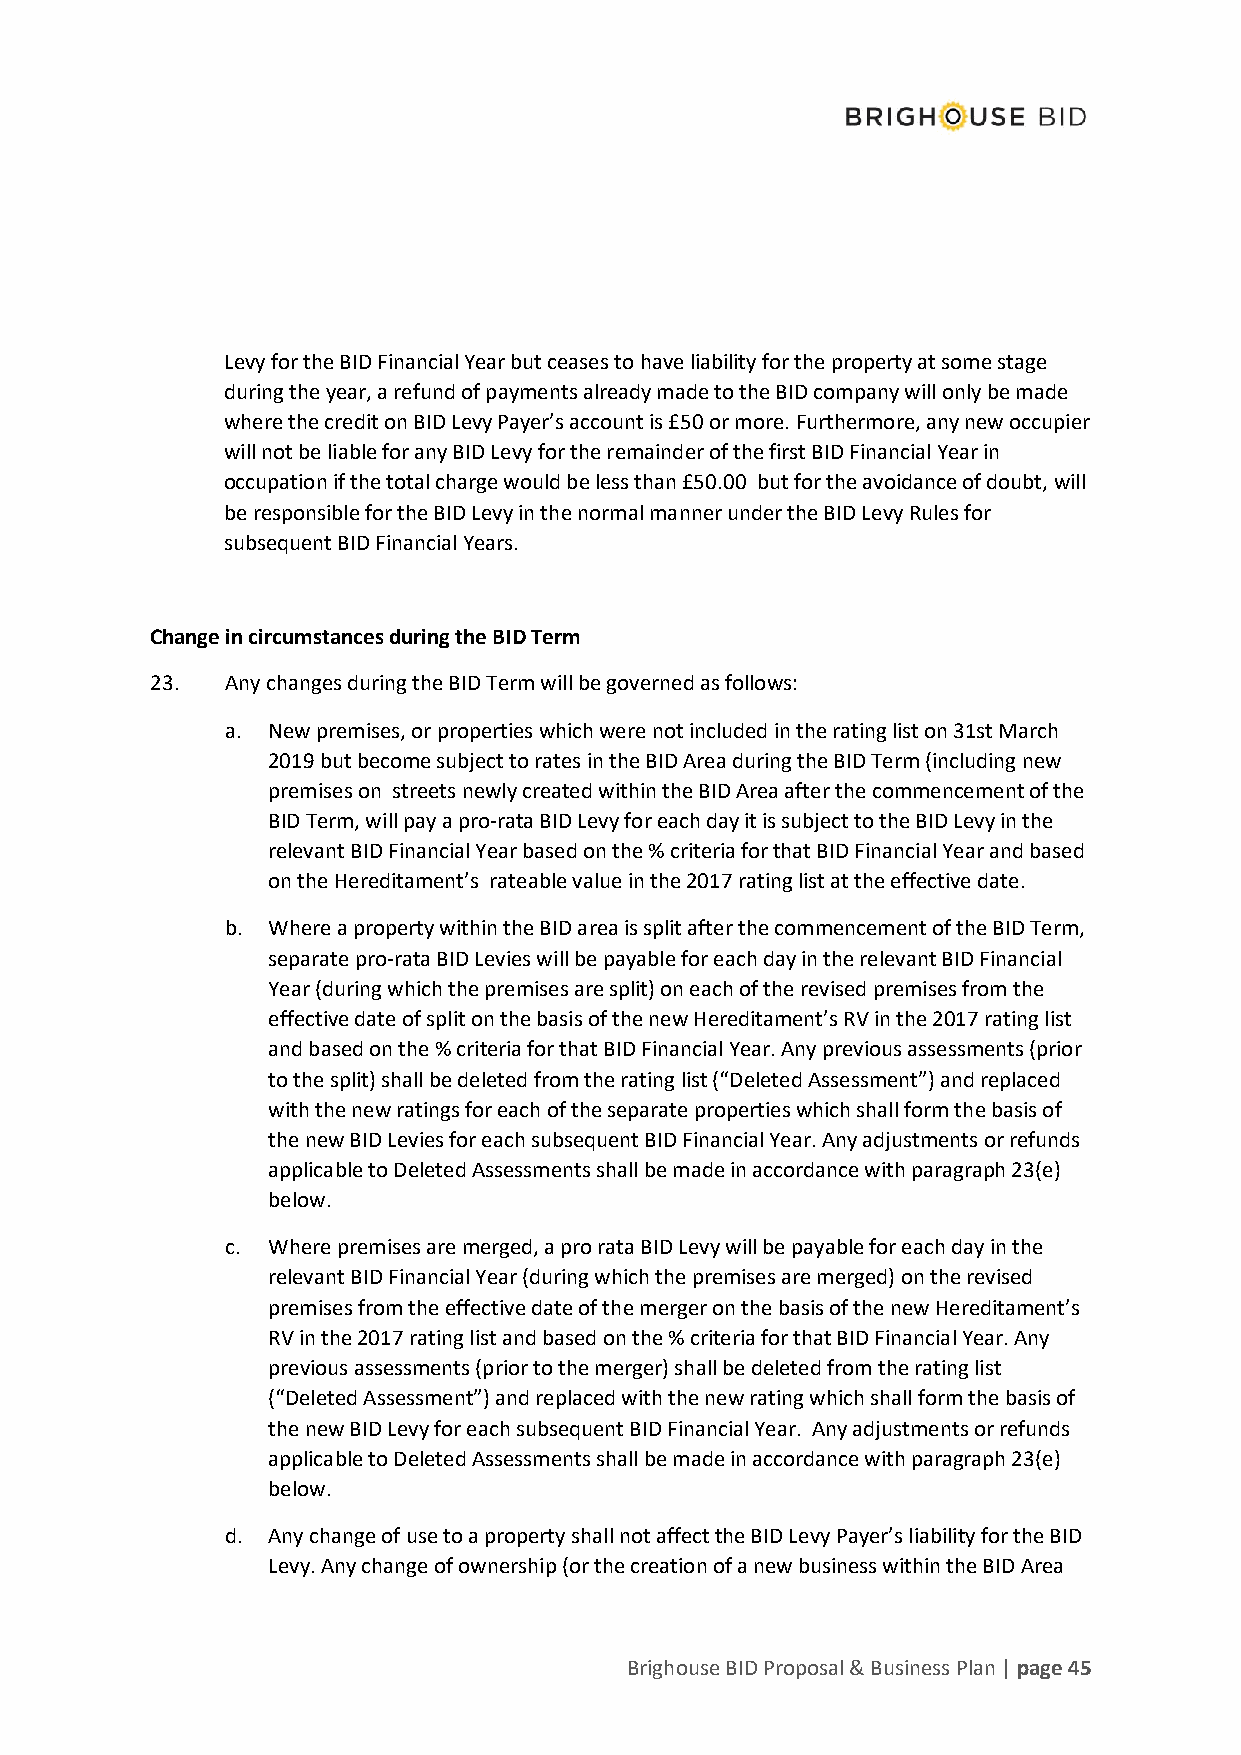
Levy for the BID Financial Year but ceases to have liability for the property at some stage
 during the year, a refund of payments already made to the BID company will only be made
 where the credit on BID Levy Payer’s account is £50 or more. Furthermore, any new occupier
 will not be liable for any BID Levy for the remainder of the first BID Financial Year in
 occupation if the total charge would be less than £50.00 but for the avoidance of doubt, will
 be responsible for the BID Levy in the normal manner under the BID Levy Rules for
 subsequent BID Financial Years.
 Change in circumstances during the BID Term
 23.  Any changes during the BID Term will be governed as follows:
 a. New premises, or properties which were not included in the rating list on 31st March
 2019 but become subject to rates in the BID Area during the BID Term (including new
 premises on streets newly created within the BID Area after the commencement of the
 BID Term, will pay a pro-rata BID Levy for each day it is subject to the BID Levy in the
 relevant BID Financial Year based on the % criteria for that BID Financial Year and based
 on the Hereditament’s rateable value in the 2017 rating list at the effective date.
 b. Where a property within the BID area is split after the commencement of the BID Term,
 separate pro-rata BID Levies will be payable for each day in the relevant BID Financial
 Year (during which the premises are split) on each of the revised premises from the
 effective date of split on the basis of the new Hereditament’s RV in the 2017 rating list
 and based on the % criteria for that BID Financial Year. Any previous assessments (prior
 to the split) shall be deleted from the rating list (“Deleted Assessment”) and replaced
 with the new ratings for each of the separate properties which shall form the basis of
 the new BID Levies for each subsequent BID Financial Year. Any adjustments or refunds
 applicable to Deleted Assessments shall be made in accordance with paragraph 23(e)
 below.
 c. Where premises are merged, a pro rata BID Levy will be payable for each day in the
 relevant BID Financial Year (during which the premises are merged) on the revised
 premises from the effective date of the merger on the basis of the new Hereditament’s
 RV in the 2017 rating list and based on the % criteria for that BID Financial Year. Any
 previous assessments (prior to the merger) shall be deleted from the rating list
 (“Deleted Assessment”) and replaced with the new rating which shall form the basis of
 the new BID Levy for each subsequent BID Financial Year. Any adjustments or refunds
 applicable to Deleted Assessments shall be made in accordance with paragraph 23(e)
 below.
 d. Any change of use to a property shall not affect the BID Levy Payer’s liability for the BID
 Levy. Any change of ownership (or the creation of a new business within the BID Area
 Brighouse BID Proposal & Business Plan | page 45